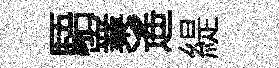
䮏嶪遙緹